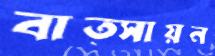
বাত্সায়ন